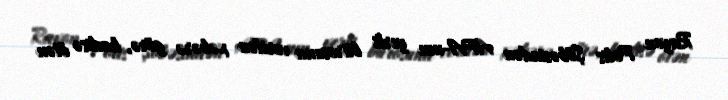
Rayon Polis Şöbəsindən APA-nın yerli bürosuna verilən xəbərə görə, hadisə ötən